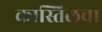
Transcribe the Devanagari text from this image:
कास्तिलचा